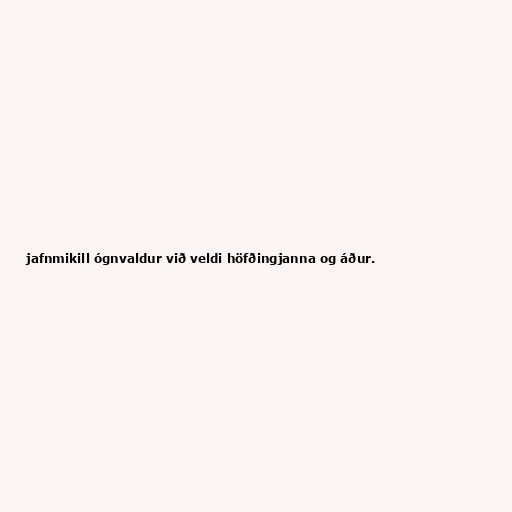
jafnmikill ógnvaldur við veldi höfðingjanna og áður.